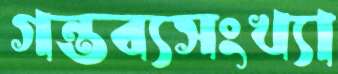
গন্তব্যসংখ্যা